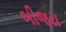
બીજય